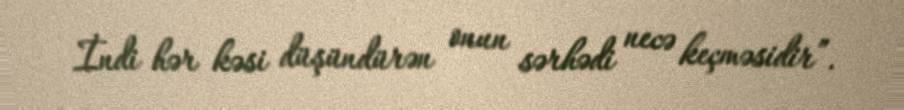
İndi hər kəsi düşündürən onun sərhədi necə keçməsidir”.